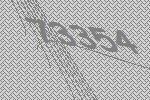
73354